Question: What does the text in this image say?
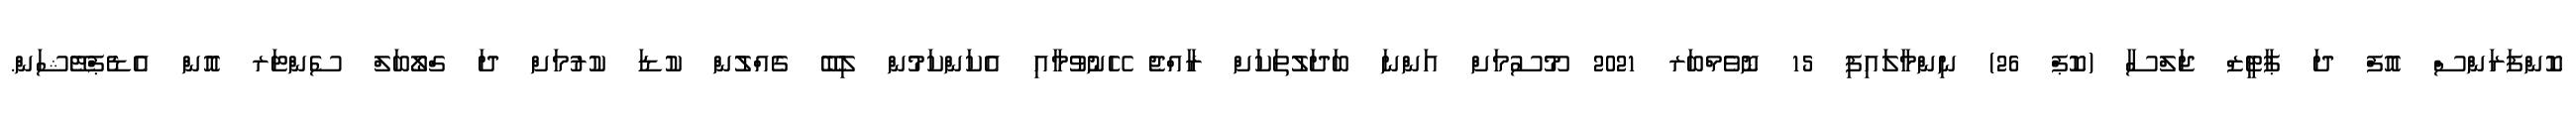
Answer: ކޮންފަރަންސް އޮފް ދަ ޕާޓީޒް ޖަލްސާ (ކޮޕް 26) ނިންމާލައިފި 15 ނޮވެމްބަރ 2021 މޫސުމަށް އަންނަ ބަދަލުތަކަށް ރާއްޖެ ހޭނުވުމާއި އެކަންކަމުން ލިބޭ ގެއްލުން ކުޑަ ކުރުމަށް ދަ ގްލޯބަލް ސެންޓަރ އޮން އެޑެޕްޓޭޝަން.